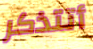
أتتذكر